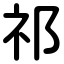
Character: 祁